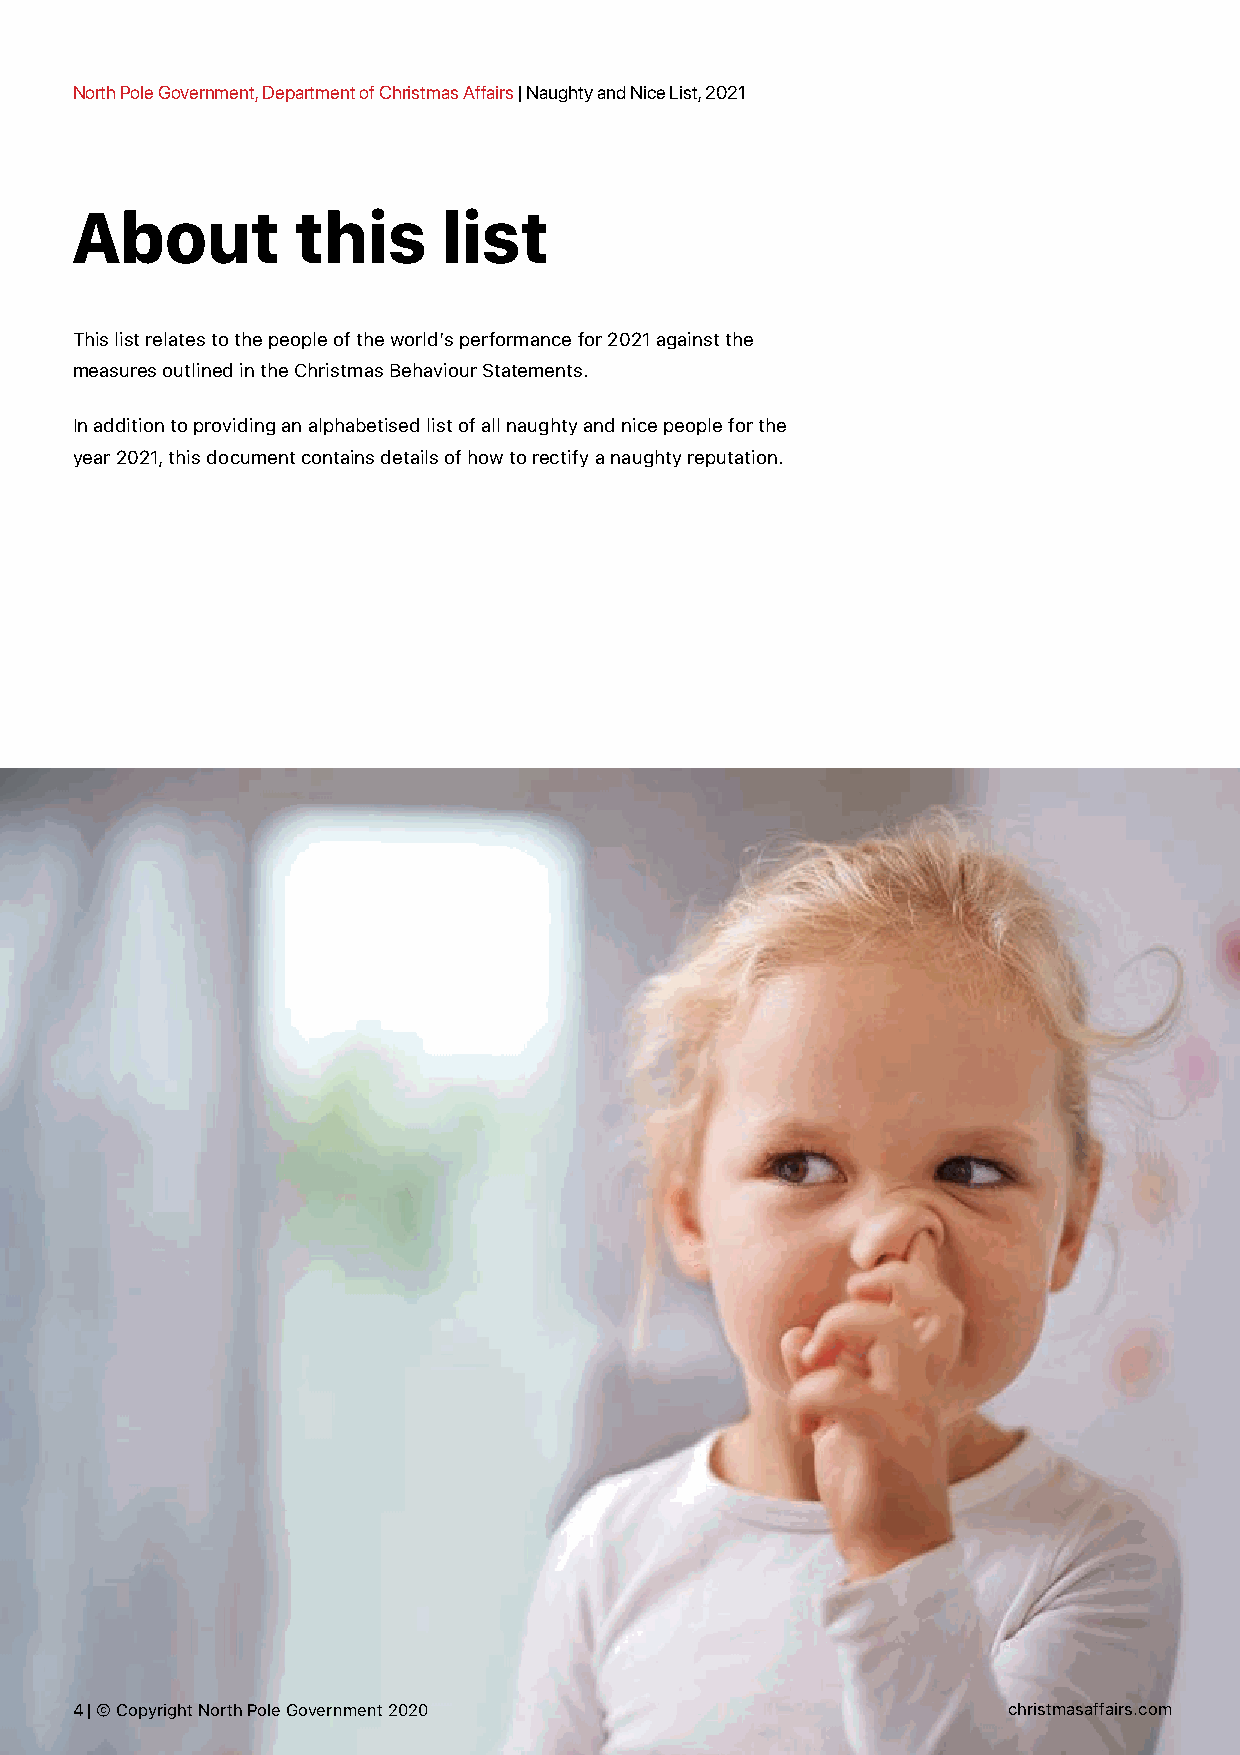
North Pole Government, Department of Christmas Affairs | Naughty and Nice List, 2021
 About         this      list
 This list relates to the people of the world’s performance for 2021 against the
 measures outlined in the Christmas Behaviour Statements.
 In addition to providing an alphabetised list of all naughty and nice people for the
 year 2021, this document contains details of how to rectify a naughty reputation.
 44 || ©© CCooppyyrriigghhtt NNoorrtthh PPoollee GGoovveerrnnmmeenntt 22002210 cchhrriissttmmaassaaffffaaiirrss..ccoomm